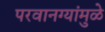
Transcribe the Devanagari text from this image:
परवानग्यांमुळे